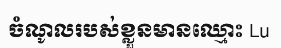
ចំណូលរបស់ខ្លួនមានឈ្មោះ Lu